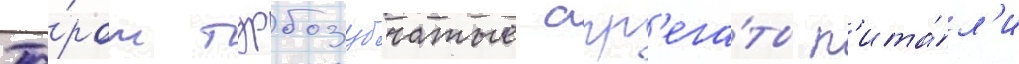
Па́ром турбозубчатые агр'ега́ты п'ита́л'и